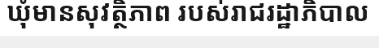
ឃុំមានសុវត្ថិភាព របស់រាជរដ្ឋាភិបាល